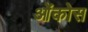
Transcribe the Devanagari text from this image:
ओंकोस